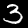
Label: 3